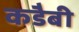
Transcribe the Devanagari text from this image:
कडैबी